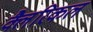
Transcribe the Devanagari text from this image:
क्लैरिकल